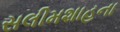
સલીમશાહના